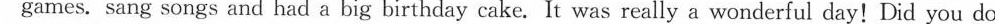
games.sang songs and had a big birthday cake.It was really a wonderful day！Did you do